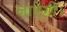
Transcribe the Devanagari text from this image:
जाऐगी।